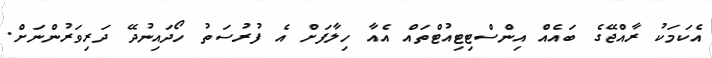
އެކަމަކު ރާއްޖޭގެ ބައެއް އިންސްޓިޓިއުޓްތައް އެއާ ހިލާފަށް އެ ފުރުސަތު ހޯދައިނުދޭ ދަރިވަރުންނަށް.